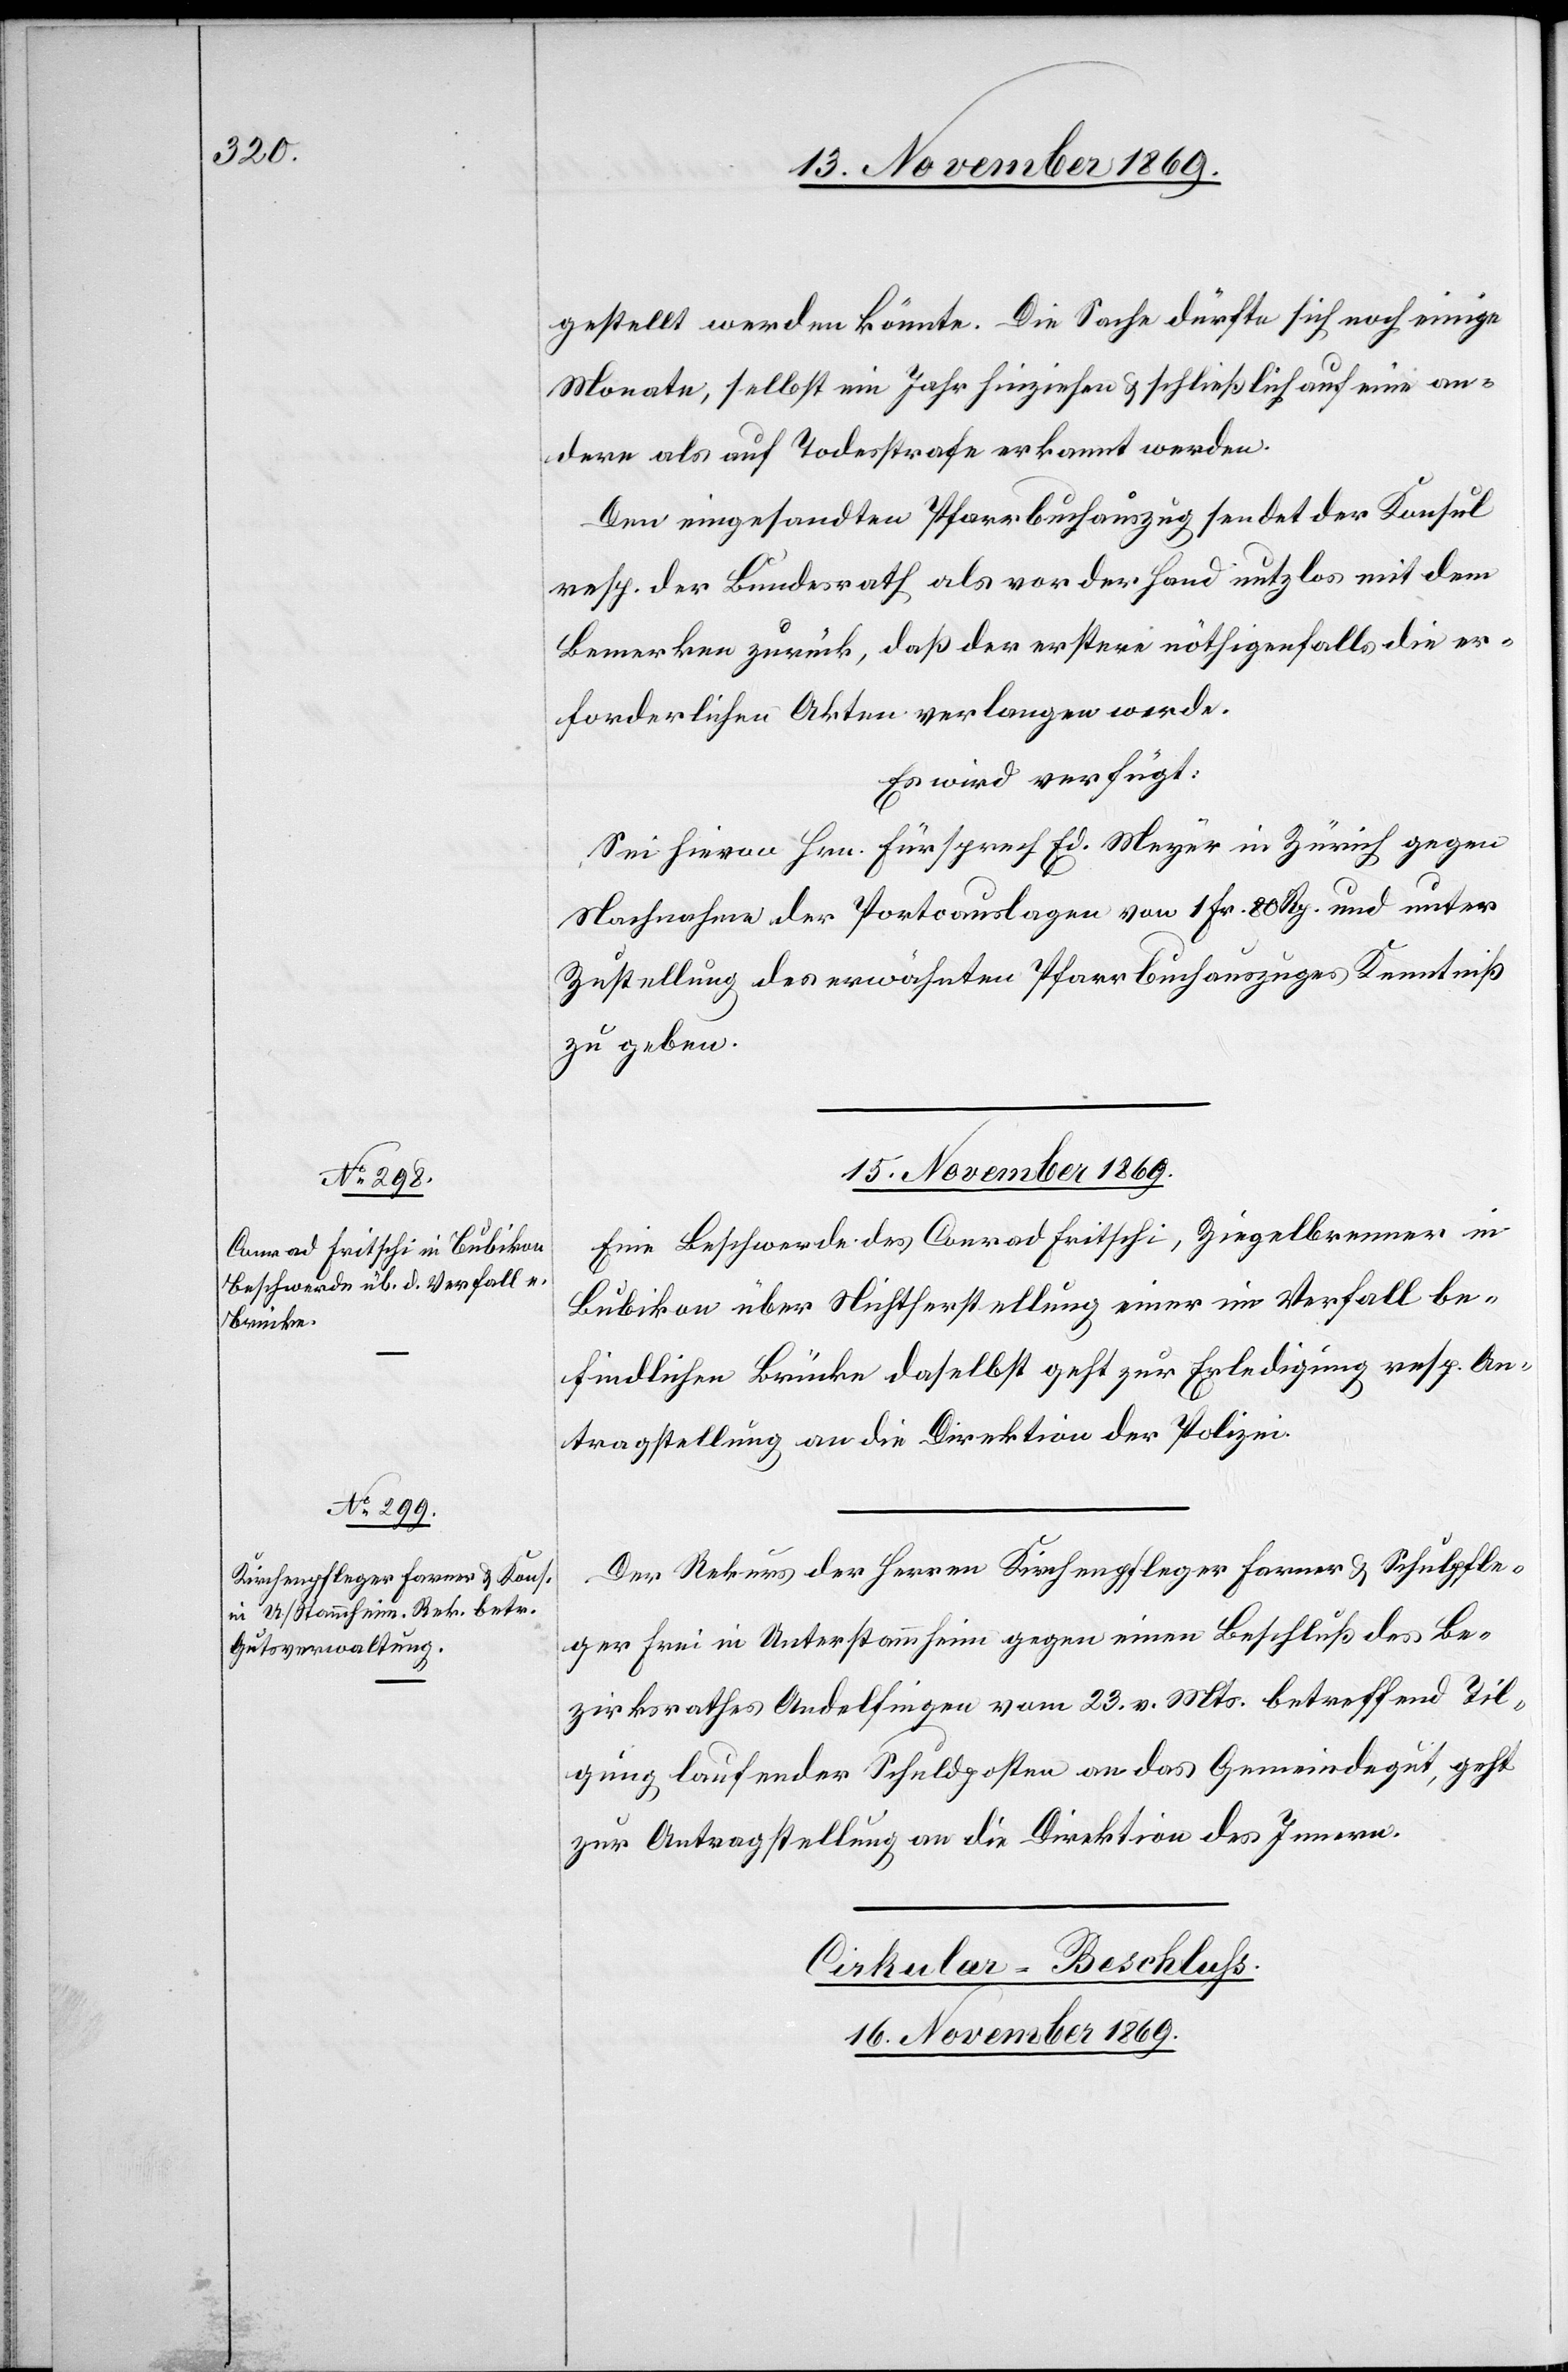
gestellt werden könnte. Die Sache dürfte sich noch einige
Monate, selbst ein Jahr hinziehen & schließlich auf eine an¬
dere als auf Todesstrafe erkannt werden.
Den eingesandten Pfarrbuchauszug sendet der Konsul
resp. der Bundesrath als vor der Hand nutzlos mit dem
Bemerken zurück, daß der erstere nöthigenfalls die er¬
forderlichen Akten verlangen werde.
Es wird verfügt:
Sei hievon Hrn. Fürsprech Ed. Meyer in Zürich gegen
Nachnahme der Portoauslagen von 1 Fr. 80 Rp. und unter
Zustellung des erwähnten Pfarrbuchauszuges Kenntniß
zu geben.
15. November 1869.]
Eine Beschwerde des Conrad Fritschi, Ziegelbrenner in
Bubikon über Nichtherstellung einer im Verfall be¬
findlichen Brücke daselbst geht zur Erledigung resp. An¬
tragstellung an die Direktion der Polizei.
Der Rekurs der Herren Kirchenpfleger Farner & Schulpfle¬
ger Frei in Unterstammheim gegen einen Beschluß des Be¬
zirksrathes Andelfingen vom 23. v. Mts. betreffend Til¬
gung laufender Schuldposten an das Gemeindegut, geht
zur Antragstellung an die Direktion des Innern.
Cirkular-Beschluss.
16. November 1869.